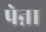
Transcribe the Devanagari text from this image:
पेऩा